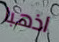
اذهبا